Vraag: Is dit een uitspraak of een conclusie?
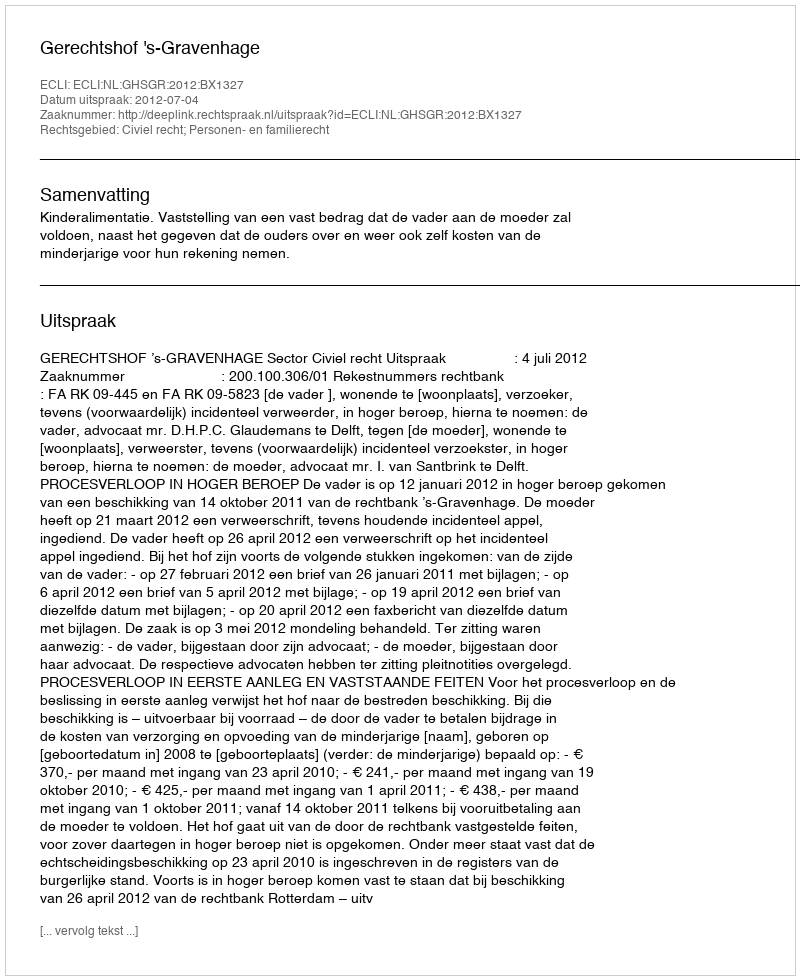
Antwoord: Uitspraak